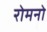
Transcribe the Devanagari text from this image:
रोमनो